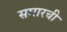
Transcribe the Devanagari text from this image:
समारची